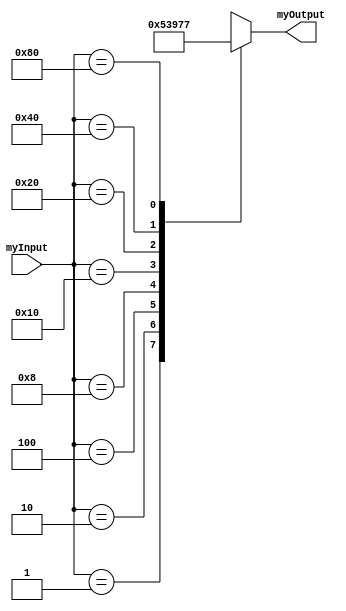
module ThreeTo8_simple(myInput, myOutput);
	input[7:0] myInput;
	output reg[2:0] myOutput;
	always @ (myInput)
	begin
	//using cases instead of some if
	case (myInput)
	8'b00000001: myOutput = 3'b000;
	8'b00000010: myOutput = 3'b001;
	8'b00000100: myOutput = 3'b010;
	8'b00001000: myOutput = 3'b011;
	8'b00010000: myOutput = 3'b100;
	8'b00100000: myOutput = 3'b101;
	8'b01000000: myOutput = 3'b110;
	8'b10000000: myOutput = 3'b111;
	//default case for none
	default: myOutput = 3'bxxx;
	endcase
	end
 endmodule